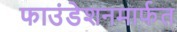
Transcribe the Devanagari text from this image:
फाउंडेशनमार्फत